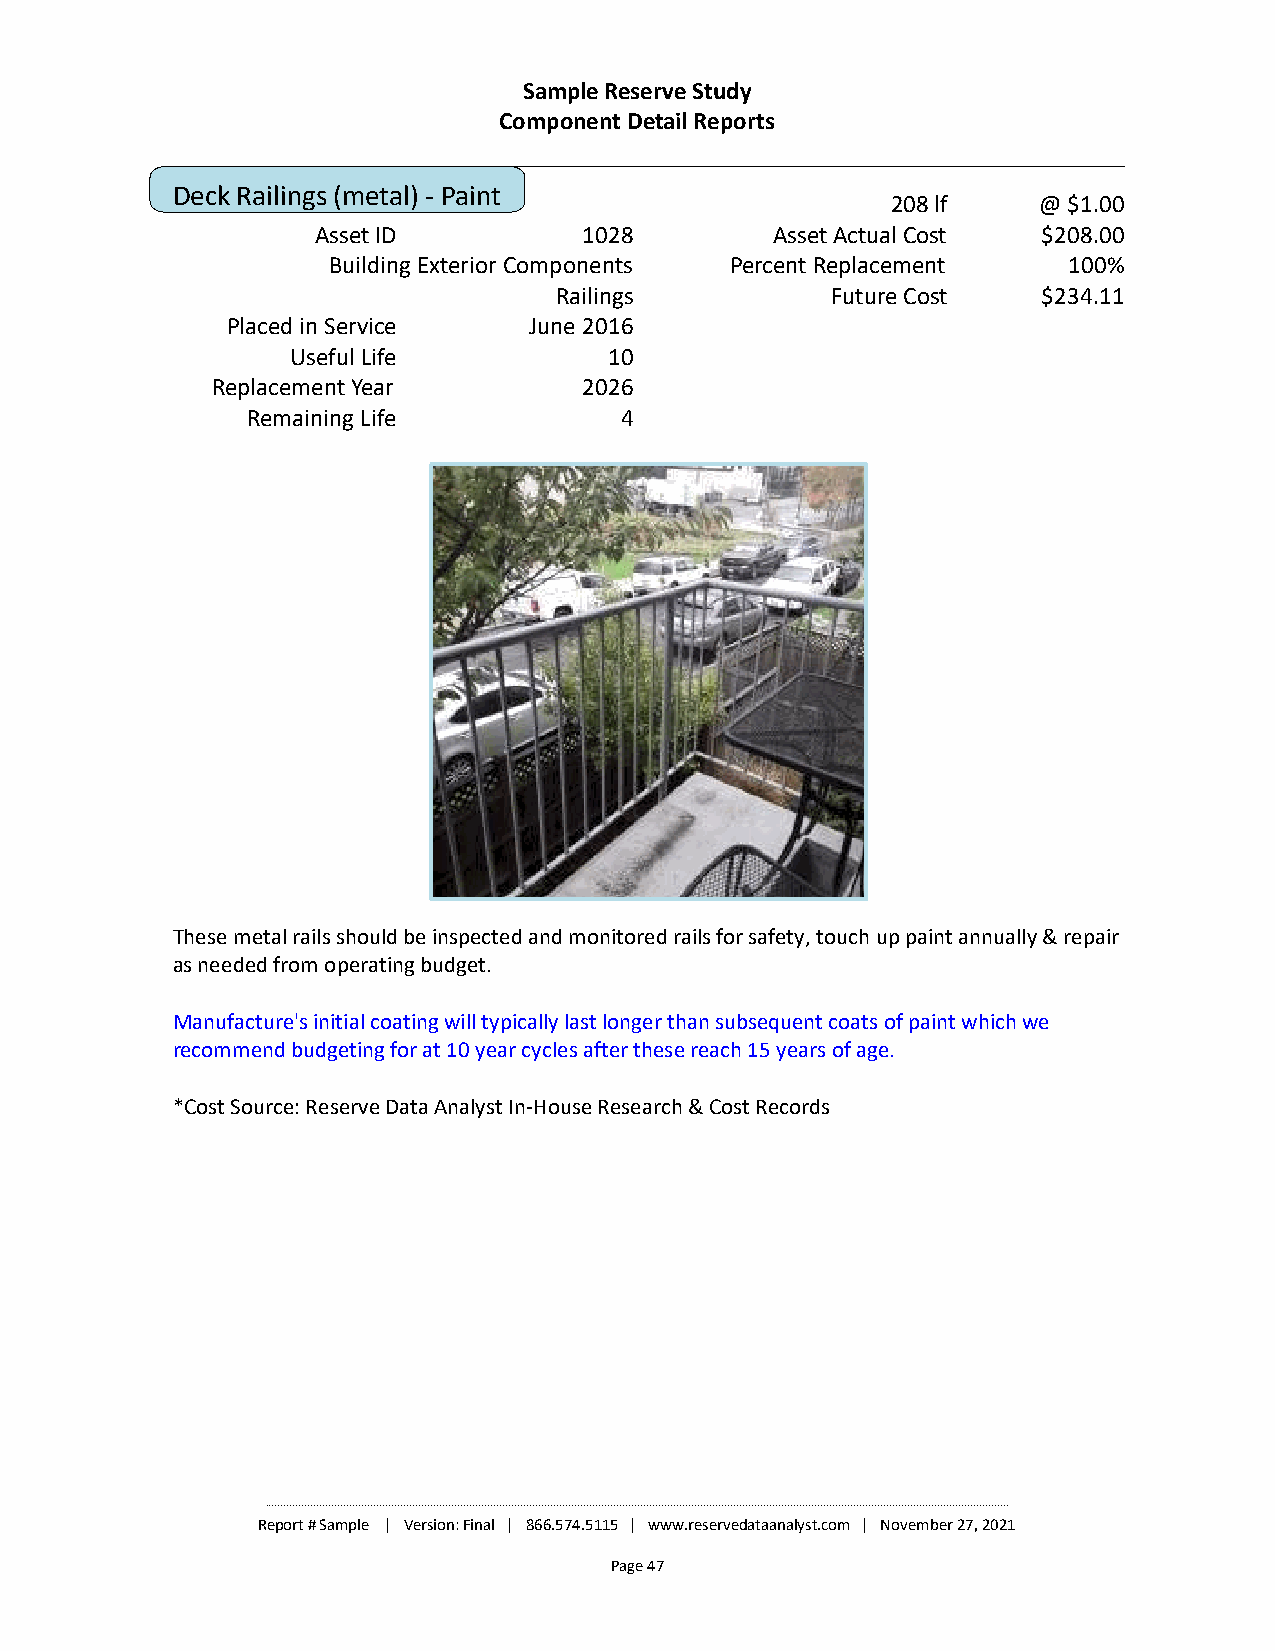
Sample Reserve Study
 Component Detail Reports
 Deck Railings (metal) - Paint
 208 lf    @ $1.00
 Asset ID          1028        Asset Actual Cost $208.00
 Building Exterior Components Percent Replacement 100%
 Railings          Future Cost   $234.11
 Placed in Service   June 2016
 Useful Life          10
 Replacement Year         2026
 Remaining Life           4
 These metal rails should be inspected and monitored rails for safety, touch up paint annually & repair
 as needed from operating budget.
 Manufacture's initial coating will typically last longer than subsequent coats of paint which we
 recommend budgeting for at 10 year cycles after these reach 15 years of age.
 *Cost Source: Reserve Data Analyst In-House Research & Cost Records
 ________________________________________________________________________________________________________________________________________________________________________________________________________________________________________________________
 Report # Sample | Version: Final | 866.574.5115 | www.reservedataanalyst.com | November 27, 2021
 Page 47